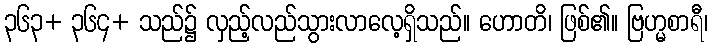
၃၆၃+ ၃၆၄+ သည်၌ လှည့်လည်သွားလာလေ့ရှိသည်။ ဟောတိ၊ ဖြစ်၏။ ဗြဟ္မစာရီ၊